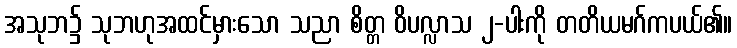
အသုဘ၌ သုဘဟုအထင်မှားသော သညာ စိတ္တ ဝိပလ္လာသ ၂-ပါးကို တတိယမဂ်ကပယ်၏။